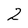
Character: 2